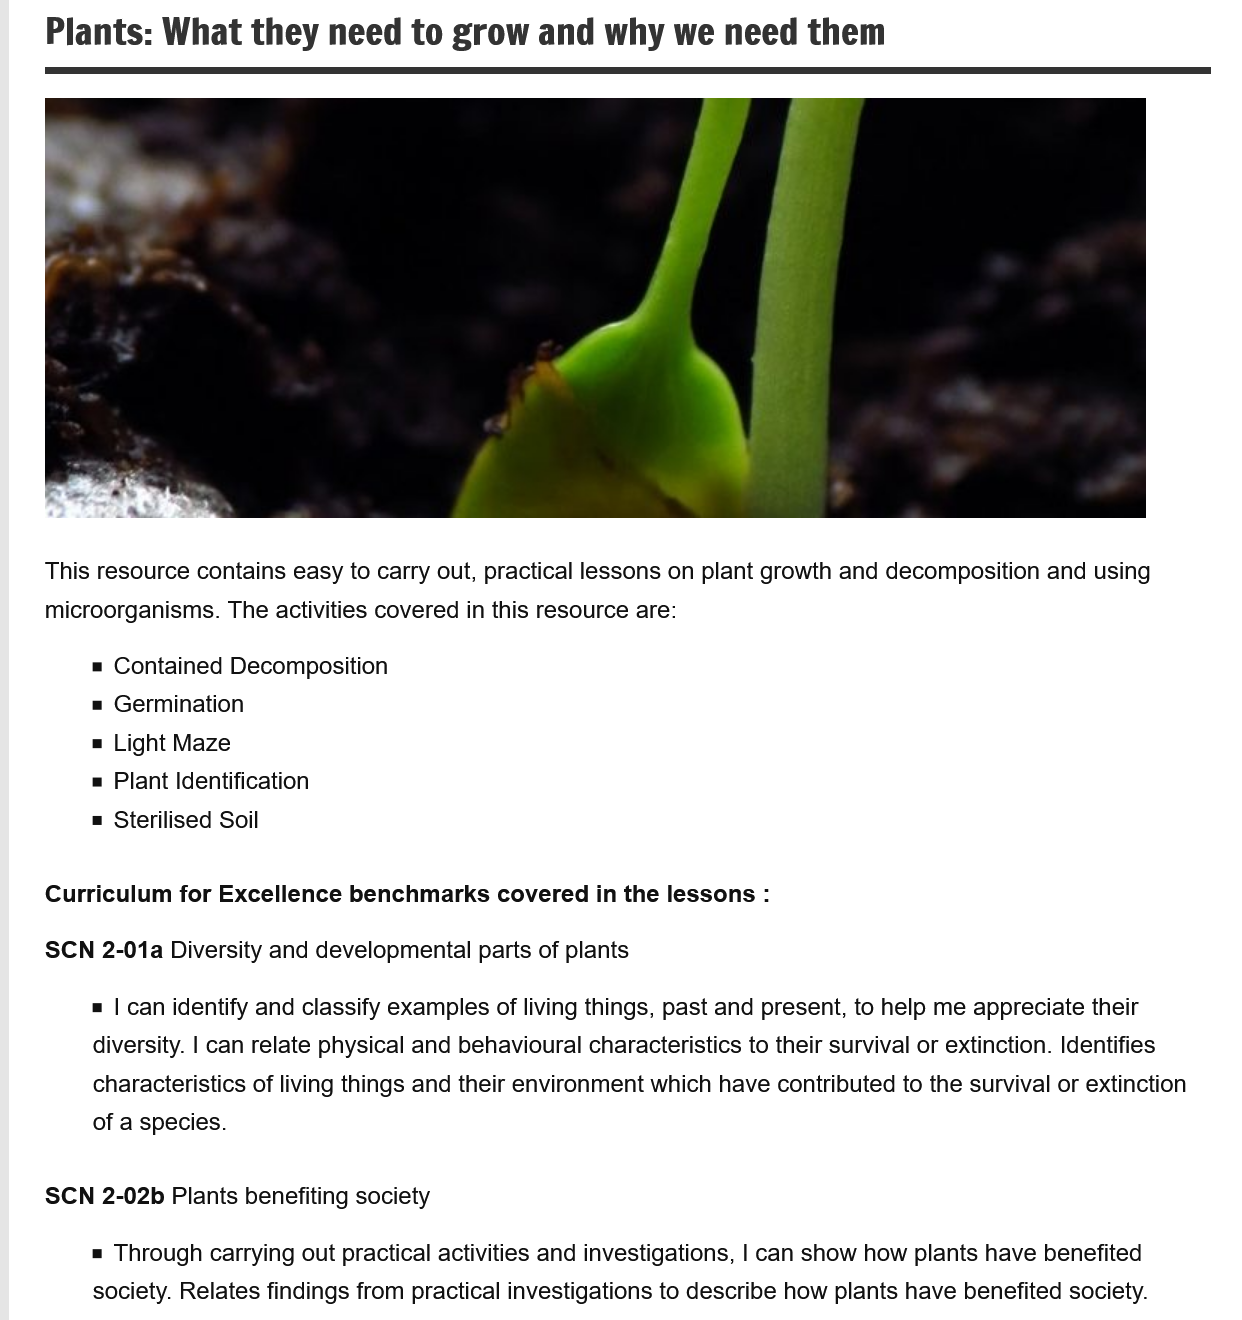
Plants:   What    they   need   to  grow    and   why   we  need    them
     This resource contains easy to carry out, practical lessons on plant growth and decomposition and using
     microorganisms. The activities covered in this resource are:
     Contained Decomposition
     Germination
     Light Maze
     Plant Identification
     Sterilised Soil
     Curriculum  for Excellence benchmarks   covered in the lessons :
     = | can identify and classify examples of living things, past and present, to help me appreciate their
     diversity. | can relate physical and behavioural characteristics to their survival or extinction. Identifies
     characteristics of living things and their environment which have contributed to the survival or extinction
     of a species.
     SCN  2-01a Diversity and developmental parts of plants
     SCN  2-02b Plants benefiting society
     = Through carrying out practical activities and investigations, | can show how plants have benefited
     society. Relates findings from practical investigations to describe how plants have benefited society.